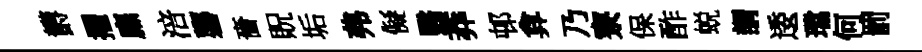
欝擢廡涪礱嗇貺垢弗儗翳莽邨弇乃寮保酢蜕謂逶璫何罰